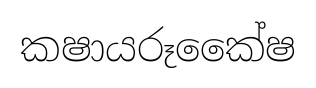
කෂායරූකෛ්ෂ